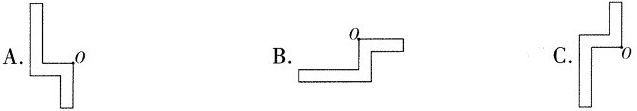
A. B. C.